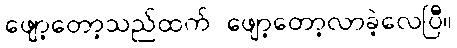
ဖျော့တော့သည်ထက် ဖျော့တော့လာခဲ့လေပြီ။